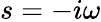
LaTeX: s=-i\omega